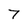
Character: 7